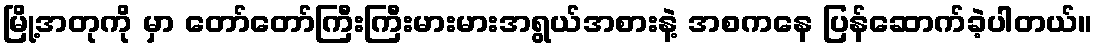
မြို့အတုကို မှာ တော်တော်ကြီးကြီးမားမားအရွယ်အစားနဲ့ အစကနေ ပြန်ဆောက်ခဲ့ပါတယ်။